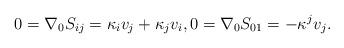
LaTeX: \begin{align*}0=\nabla_0S_{ij}=\kappa_i v_j+\kappa_j v_i,0=\nabla_0S_{01}=-\kappa^j v_j.\end{align*}